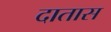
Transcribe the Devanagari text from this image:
दातास